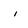
Character: 1